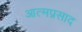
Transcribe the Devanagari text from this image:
आत्मप्रसाद